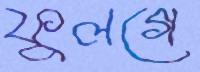
ফুলগে